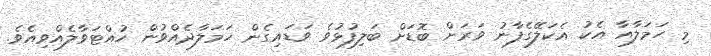
މި ހަމަލާއާ އެކު އެކަލޭގެފާނު ވަރަށް ބޮޑަށް ބަލިފުޅުވެ ވަޑައިގެން ހަމަލާދެއްވުން ހުއްޓަވާލެއްވިއެވެ.